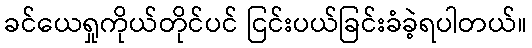
ခင်ယေရှုကိုယ်တိုင်ပင် ငြင်းပယ်ခြင်းခံခဲ့ရပါတယ်။